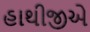
હાથીજીએ